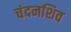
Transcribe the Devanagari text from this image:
चंदनशिव